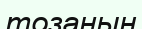
тозаңын